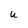
Character: u